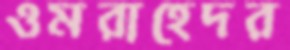
ওমরাহেদর